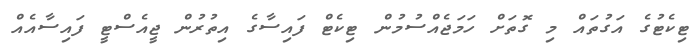
ޓިކެޓުގެ އަގުތައް މި ގޮތަށް ހަމަޖެއްސުމުން ޓިކެޓް ފައިސާގެ އިތުރުން ޖީއެސްޓީ ފައިސާއެއް